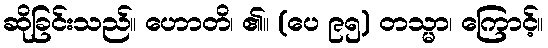
ဆိုခြင်းသည်။ ဟောတိ၊ ၏။ (ပေ ၉၅) တသ္မာ၊ ကြောင့်။